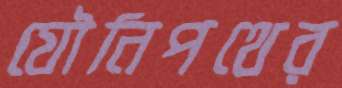
যৌনিপথের